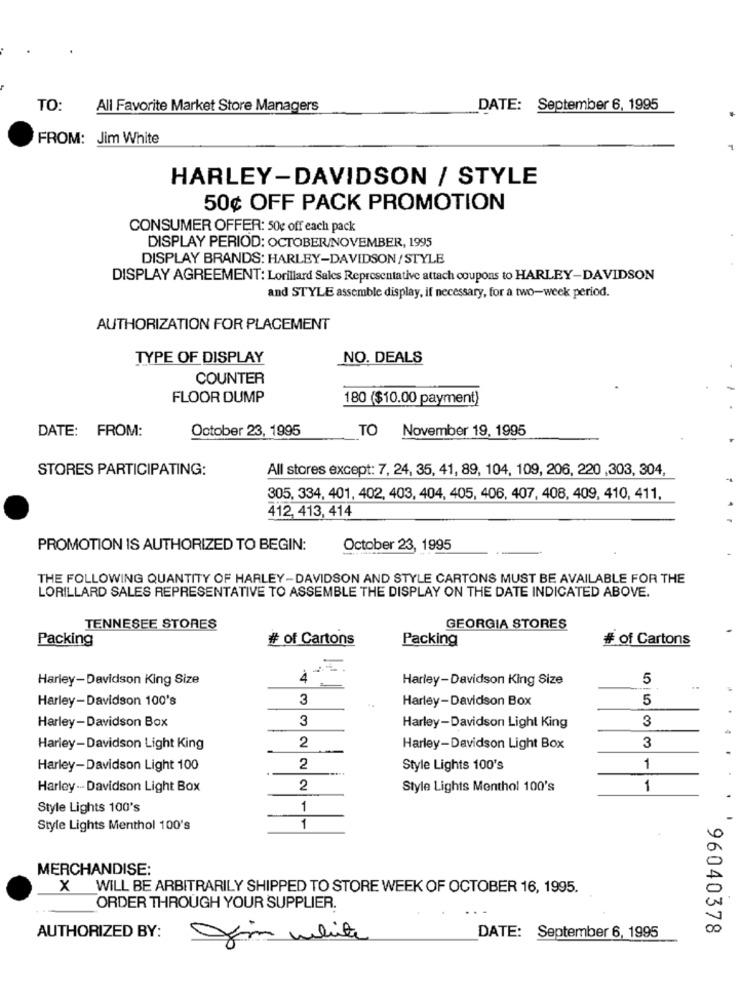
TO:
All Favorite Market Store Managers
DATE: September 6, 1995
FROM: Jim White
HARLEY-DAVIDSON / STYLE
50¢ OFF PACK PROMOTION
CONSUMER OFFER: 50g off each pack
DISPLAY PERIOD: OCTOBER/NOVEMBER, 1995
DISPLAY BRANDS: HARLEY-DAVIDSON/STYLE
DISPLAY AGREEMENT: Lorillard Sales Representative attach coupons to HARLEY-DAVIDSON
and STYLE assemble display, if necessary, for a two-week period.
AUTHORIZATION FOR PLACEMENT
TYPE OF DISPLAY
NO. DEALS
COUNTER
FLOOR DUMP
180 ($10.00 payment)
DATE: FROM:
October 23, 1995
TO November 19, 1995
STORES PARTICIPATING:
All stores except: 7, 24, 35, 41, 89, 104, 109, 206, 220 ,303, 304,
305, 334, 401, 402, 403, 404, 405, 406, 407, 408, 409, 410, 411.
412, 413, 414
PROMOTION IS AUTHORIZED TO BEGIN:
October 23, 1995
THE FOLLOWING QUANTITY OF HARLEY-DAVIDSON AND STYLE CARTONS MUST BE AVAILABLE FOR THE
LORILLARD SALES REPRESENTATIVE TO ASSEMBLE THE DISPLAY ON THE DATE INDICATED ABOVE.
TENNESEE STORES
GEORGIA STORES
Packing
# of Cartons
Packing
# of Cartons
Harley-Davidson King Size
Harley-Davidson King Size
5
Harley-Davidson 100's
3
Harley-Davidson Box
5
Harley-Davidson Box
3
3
Harley-Davidson Light King
3
Harley-Davidson Light King
2
Harley-Davidson Light Box
Harley-Davidson Light 100
2
Style Lights 100's
1
Harley - Davidson Light Box
2
Style Lights Menthol 100's
1
Style Lights 100's
1
Style Lights Menthol 100's
1
MERCHANDISE:
X WILL BE ARBITRARILY SHIPPED TO STORE WEEK OF OCTOBER 16, 1995.
ORDER THROUGH YOUR SUPPLIER.
96040378
AUTHORIZED BY:
Jim white
DATE: September 6, 1995